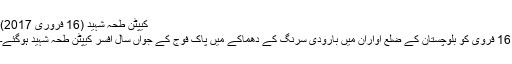
کیپٹن طحہٰ شہید (16 فروری 2017)
16 فروی کو بلوچستان کے ضلع آواران میں بارودی سرنگ کے دھماکے میں پاک فوج کے جواں سال افسر کیپٹن طحہٰ شہید ہوگئے۔